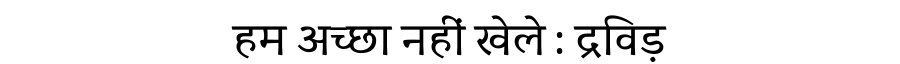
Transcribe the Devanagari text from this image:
हम अच्छा नहीं खेले : द्रविड़